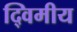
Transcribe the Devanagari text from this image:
द्विमीय